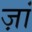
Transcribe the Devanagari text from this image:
ज़ां